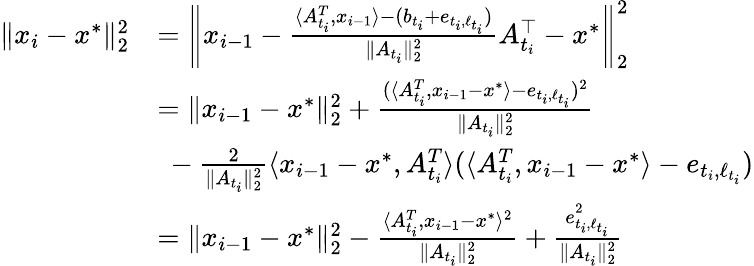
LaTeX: \begin{array}{rl}{\| x_{i}-x^{*}\| _{2}^{2}}&{=\left\| x_{i-1}-\frac{\langle A_{t_{i}}^{T},x_{i-1}\rangle-(b_{t_{i}}+e_{t_{i},\ell_{t_{i}}})}{\| A_{t_{i}}\| _{2}^{2}}A_{t_{i}}^{\top}-x^{*}\right\| _{2}^{2}}\\ &{=\| x_{i-1}-x^{*}\| _{2}^{2}+\frac{(\langle A_{t_{i}}^{T},x_{i-1}-x^{*}\rangle-e_{t_{i},\ell_{t_{i}}})^{2}}{\| A_{t_{i}}\| _{2}^{2}}}\\ &{~-\frac{2}{\| A_{t_{i}}\| _{2}^{2}}\langle x_{i-1}-x^{*},A_{t_{i}}^{T}\rangle(\langle A_{t_{i}}^{T},x_{i-1}-x^{*}\rangle-e_{t_{i},\ell_{t_{i}}})}\\ &{=\| x_{i-1}-x^{*}\| _{2}^{2}-\frac{\langle A_{t_{i}}^{T},x_{i-1}-x^{*}\rangle^{2}}{\| A_{t_{i}}\| _{2}^{2}}+\frac{e_{t_{i},\ell_{t_{i}}}^{2}}{\| A_{t_{i}}\| _{2}^{2}}}\end{array}